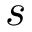
s